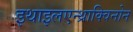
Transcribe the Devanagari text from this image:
इथाइलएन्थ्राक्विनोन